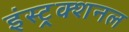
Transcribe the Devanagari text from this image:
इंस्ट्र्क्शनल